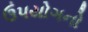
ઉપયોગનો